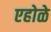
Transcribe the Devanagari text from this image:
एहोळे